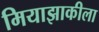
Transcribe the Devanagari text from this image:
मियाझाकीला